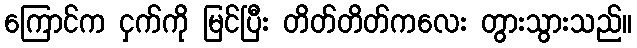
ကြောင်က ငှက်ကို မြင်ပြီး တိတ်တိတ်ကလေး တွားသွားသည်။